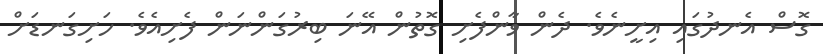
ގޮސް އެނދުގައި އިށީނެވެ. ދެން ވާންފެށި ގޮތުން އޭނަ ބިރުގަންނަން ފެށިއެވެ. ހަށިގަނޑަށް